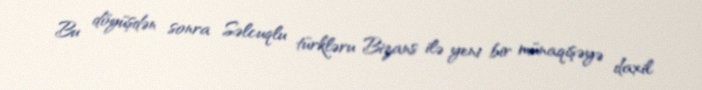
Bu döyüşdən sonra Səlcuqlu türkləru Bizans ilə yeni bir münaqişəyə daxil